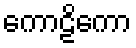
ကောဠိကော